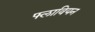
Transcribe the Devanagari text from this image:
फ्लावियन